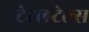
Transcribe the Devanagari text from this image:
टेटलटेल्स